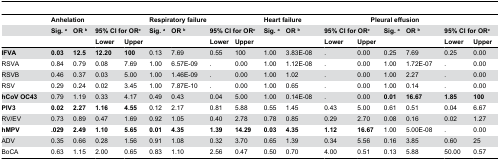
<table><thead><tr><td></td><td colspan="4"><b>Anhelation</b></td><td colspan="4"><b>Respiratory failure</b></td><td colspan="4"><b>Heart failure</b></td><td colspan="5"><b>Pleural effusion</b></td></tr><tr><td></td><td><b>Sig.<sup>a</sup></b></td><td><b>OR<sup>b</sup></b></td><td colspan="2"><b>95% CI for OR<sup><i>c</i></sup></b></td><td><b>Sig.<sup>a</sup></b></td><td><b>OR<sup>b</sup></b></td><td colspan="2"><b>95% CI for OR<sup><i>c</i></sup></b></td><td><b>Sig.<sup>a</sup></b></td><td><b>OR<sup>b</sup></b></td><td colspan="3"><b>95% CI for OR<sup><i>c</i></sup></b></td><td><b>Sig.<sup>a</sup></b></td><td><b>OR<sup>b</sup></b></td><td colspan="2"><b>95% CI for OR<sup><i>c</i></sup></b></td></tr><tr><td></td><td></td><td></td><td><b>Lower</b></td><td><b>Upper</b></td><td></td><td></td><td><b>Lower</b></td><td><b>Upper</b></td><td></td><td></td><td><b>Lower</b></td><td colspan="2"><b>Upper</b></td><td></td><td></td><td><b>Lower</b></td><td><b>Upper</b></td></tr></thead><tbody><tr><td><b>IFVA</b></td><td><b>0.03</b></td><td><b>12.5</b></td><td><b>12.20</b></td><td><b>100</b></td><td>0.13</td><td>7.69</td><td>0.55</td><td>100</td><td>1.00</td><td>3.83E-08</td><td>.</td><td colspan="2">0.00</td><td>0.25</td><td>7.69</td><td>0.25</td><td>0.00</td></tr><tr><td>RSVA</td><td>0.84</td><td>0.79</td><td>0.08</td><td>7.69</td><td>1.00</td><td>6.57E-09</td><td>.</td><td>0.00</td><td>1.00</td><td>1.12E-08</td><td>.</td><td colspan="2">0.00</td><td>1.00</td><td>1.72E-07</td><td>.</td><td>0.00</td></tr><tr><td>RSVB</td><td>0.46</td><td>0.37</td><td>0.03</td><td>5.00</td><td>1.00</td><td>1.46E-09</td><td>.</td><td>0.00</td><td>1.00</td><td>1.02</td><td>.</td><td colspan="2">0.00</td><td>1.00</td><td>2.27</td><td>.</td><td>0.00</td></tr><tr><td>RSV</td><td>0.29</td><td>0.24</td><td>0.02</td><td>3.45</td><td>1.00</td><td>7.87E-10</td><td>.</td><td>0.00</td><td>1.00</td><td>0.65</td><td>.</td><td colspan="2">0.00</td><td>1.00</td><td>0.14</td><td>.</td><td>0.00</td></tr><tr><td><b>hCoV OC43</b></td><td>0.79</td><td>1.19</td><td>0.33</td><td>4.17</td><td>0.49</td><td>0.43</td><td>0.04</td><td>5.00</td><td>1.00</td><td>0.14E-08</td><td>.</td><td colspan="2">0.00</td><td><b>0.01</b></td><td><b>16.67</b></td><td><b>1.85</b></td><td><b>100</b></td></tr><tr><td><b>PIV3</b></td><td><b>0.02</b></td><td><b>2.27</b></td><td><b>1.16</b></td><td><b>4.55</b></td><td>0.12</td><td>2.17</td><td>0.81</td><td>5.88</td><td>0.55</td><td>1.45</td><td>0.43</td><td colspan="2">5.00</td><td>0.61</td><td>0.51</td><td>0.04</td><td>6.67</td></tr><tr><td>RV/EV</td><td>0.73</td><td>0.89</td><td>0.47</td><td>1.69</td><td>0.92</td><td>1.05</td><td>0.40</td><td>2.78</td><td>0.78</td><td>0.85</td><td>0.29</td><td colspan="2">2.70</td><td>0.08</td><td>0.16</td><td>0.02</td><td>1.27</td></tr><tr><td><b>hMPV</b></td><td><b>.029</b></td><td><b>2.49</b></td><td><b>1.10</b></td><td><b>5.65</b></td><td><b>0.01</b></td><td><b>4.35</b></td><td><b>1.39</b></td><td><b>14.29</b></td><td><b>0.03</b></td><td><b>4.35</b></td><td><b>1.12</b></td><td colspan="2"><b>16.67</b></td><td>1.00</td><td>5.00E-08</td><td>.</td><td>0.00</td></tr><tr><td>ADV</td><td>0.35</td><td>0.66</td><td>0.28</td><td>1.56</td><td>0.91</td><td>1.08</td><td>0.32</td><td>3.70</td><td>0.65</td><td>1.39</td><td>0.34</td><td colspan="2">5.56</td><td>0.16</td><td>3.85</td><td>0.60</td><td>25</td></tr><tr><td>BoCA</td><td>0.63</td><td>1.15</td><td>2.00</td><td>0.65</td><td>0.83</td><td>1.10</td><td>2.56</td><td>0.47</td><td>0.50</td><td>0.70</td><td>4.00</td><td colspan="2">0.51</td><td>0.13</td><td>5.88</td><td>50.00</td><td>0.57</td></tr></tbody></table>